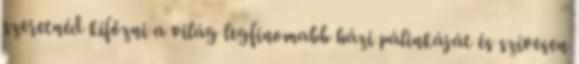
szeretnéd kifőzni a világ legfinomabb házi pálinkáját és szívesen